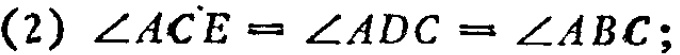
\((2)\ \angle ACE=\angle ADC = \angle ABC;\)